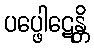
ပပ္ဖေါဋေန္တိ